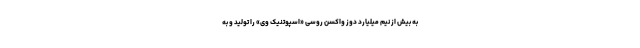
به بیش از نیم میلیارد دوز واکسن روسی «اسپوتنیک وی» را تولید و به